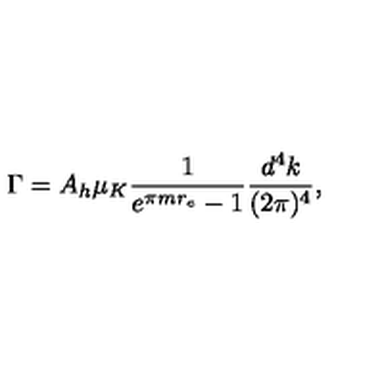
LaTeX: \Gamma = A _ { h } \mu _ { K } \frac { 1 } { e ^ { \pi m r _ { e } } - 1 } \frac { d ^ { 4 } k } { ( 2 \pi ) ^ { 4 } } ,